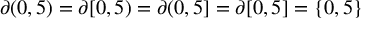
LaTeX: \partial ( 0 , 5 ) = \partial [ 0 , 5 ) = \partial ( 0 , 5 ] = \partial [ 0 , 5 ] = \{ 0 , 5 \}